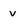
Character: v